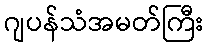
ဂျပန်သံအမတ်ကြီး